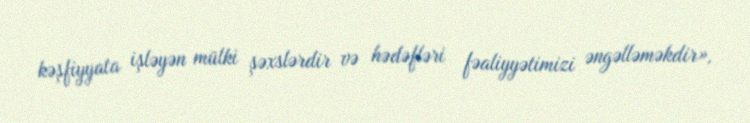
kəşfiyyata işləyən mülki şəxslərdir və hədəfləri fəaliyyətimizi əngəlləməkdir»,